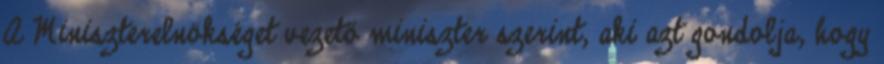
A Miniszterelnökséget vezető miniszter szerint, aki azt gondolja, hogy